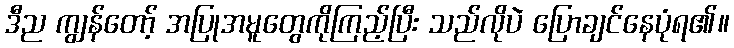
ဒီည ကျွန်တော့် အပြုအမူတွေကိုကြည့်ပြီး သည်လိုပဲ ပြောချင်နေပုံရ၏။